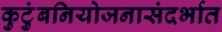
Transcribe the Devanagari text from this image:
कुटुंबनियोजनासंदर्भात